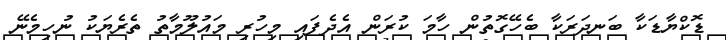
ޑޮކްޔާޑަކާ ބަނދަރަކާ ބެހޭގޮތުން ހާމަ ކުރަން އެދެފައި މިހުރި މައުލޫމާތު ތެރެޔަކު ނުހިމެނޭ